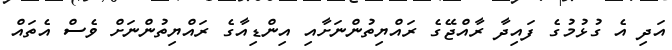
އަދި އެ ގުޅުމުގެ ފައިދާ ރާއްޖޭގެ ރައްޔިތުންނަށާއި އިންޑިއާގެ ރައްޔިތުންނަށް ވެސް އެތައް